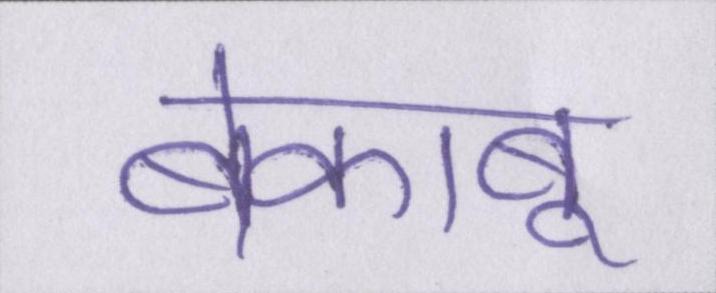
बेकाबू